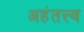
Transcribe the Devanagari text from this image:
अहंतत्त्व